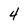
Character: 4